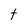
Character: t